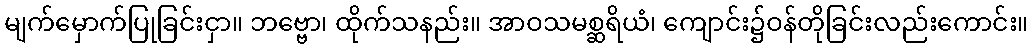
မျက်မှောက်ပြုခြင်းငှာ။ ဘဗ္ဗော၊ ထိုက်သနည်း။ အာဝသမစ္ဆရိယံ၊ ကျောင်း၌ဝန်တိုခြင်းလည်းကောင်း။